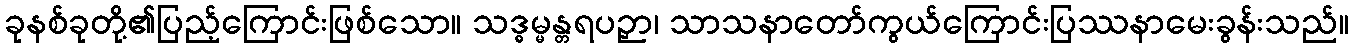
ခုနစ်ခုတို့၏ပြည့်ကြောင်းဖြစ်သော။ သဒ္ဓမ္မန္တရပဉှာ၊ သာသနာတော်ကွယ်ကြောင်းပြဿနာမေးခွန်းသည်။